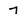
Character: 7